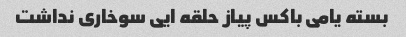
بسته یامی باکس پیاز حلقه ایی سوخاری نداشت